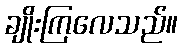
ချိုးကြလေသည်။